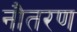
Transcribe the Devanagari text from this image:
नौतरण